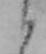
か